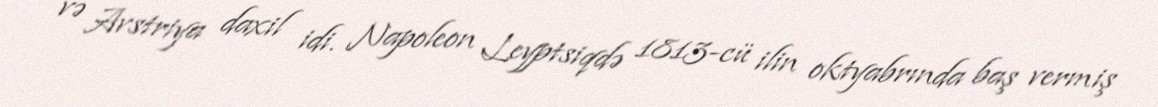
və Avstriya daxil idi. Napoleon Leyptsiqdə 1813-cü ilin oktyabrında baş vermiş